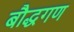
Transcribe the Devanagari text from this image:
बौद्धगण